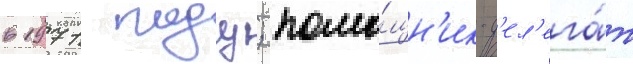
в 1971 году; помо́щн'ик-д'ел'ега́т